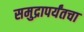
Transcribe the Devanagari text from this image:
समुद्रापर्यंतचा